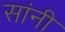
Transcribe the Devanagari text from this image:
सांनी